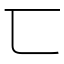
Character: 匸